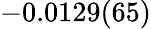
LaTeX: -0.0129(65)